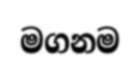
මගනම